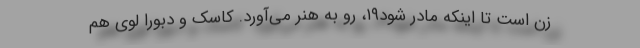
زن است تا اینکه مادر شود۱۹، رو به هنر می‌آورد. کاسک و دبورا لوی هم